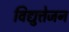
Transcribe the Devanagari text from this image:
विद्युत्तेजन